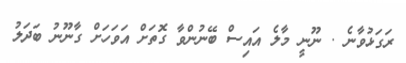
ރަގަޅުވާނެ . ނޫނީ މާލެ އައިސް ބޭނުންވާ ގޮތަށް އަވަހަށް ގާނޫނު ބަދަލު